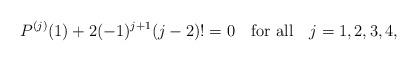
LaTeX: \begin{align*}P^{(j)}(1)+2(-1)^{j+1}(j-2)!=0\ \ \mbox{ for all }\ \ j=1,2,3,4,\end{align*}